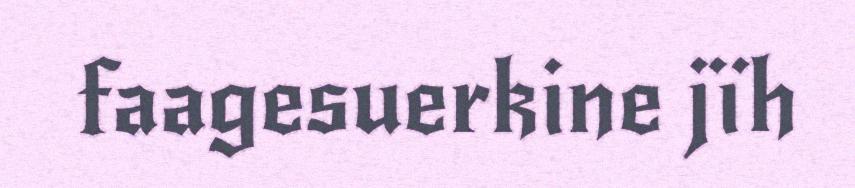
faagesuerkine jïh